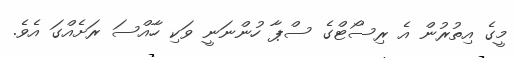
މީގެ އިތުރުން އެ ރިސޯޓްގެ ސްޕާ ހުންނަނީ ވަކި ހާއްސަ ރަށެއްގަ އެވެ.